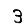
Digit: 3